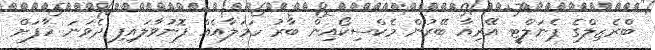
ބްރެޒިލްގެ ޕެނަލްޓީ އޭރިއާ ބޭރުން މެކްސިކޯއިން ބާރު ހަމަލާއެއް ފޮނުވާލައިފި ދެވަނަ ހާފަށް